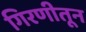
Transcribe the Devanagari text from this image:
गिरणीतून